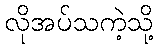
လိုအပ်သကဲ့သို့